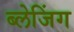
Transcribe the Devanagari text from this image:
ब्लेजिंग